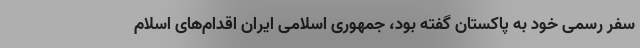
سفر رسمی خود به پاکستان گفته بود، جمهوری اسلامی ایران اقدام‌های اسلام